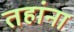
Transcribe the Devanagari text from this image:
तहांना